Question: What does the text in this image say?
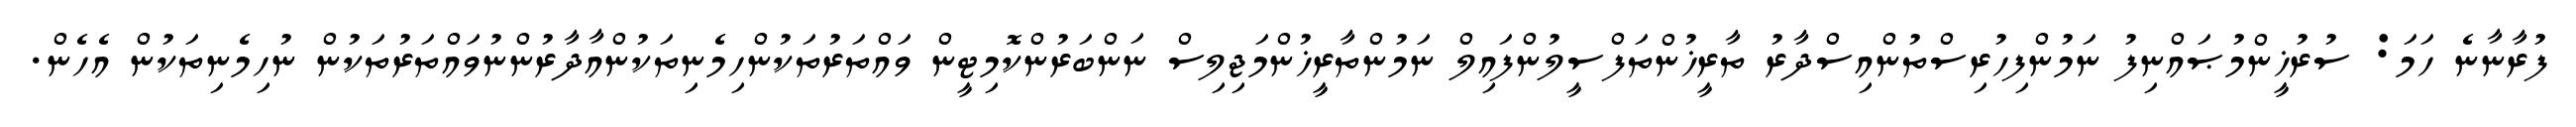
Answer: ފުރާނާނެ ހަމަ: ސުރުޚީންމުޞައްނިފު ނަމުންފިހުރިސްތުންއިސްދާރު ތާރީޚުންތަފްސީލުންފައިލް ނަމުންތާރީޚުންމަޖިލިސް ނަންބަރުންކޮމިޓީން ވައްތަރުތަކުންހިމެނިތަކުންއާދާރުންނުވައްތަރުތަކުން ނުހިމެނިތަކުން އެހެން.